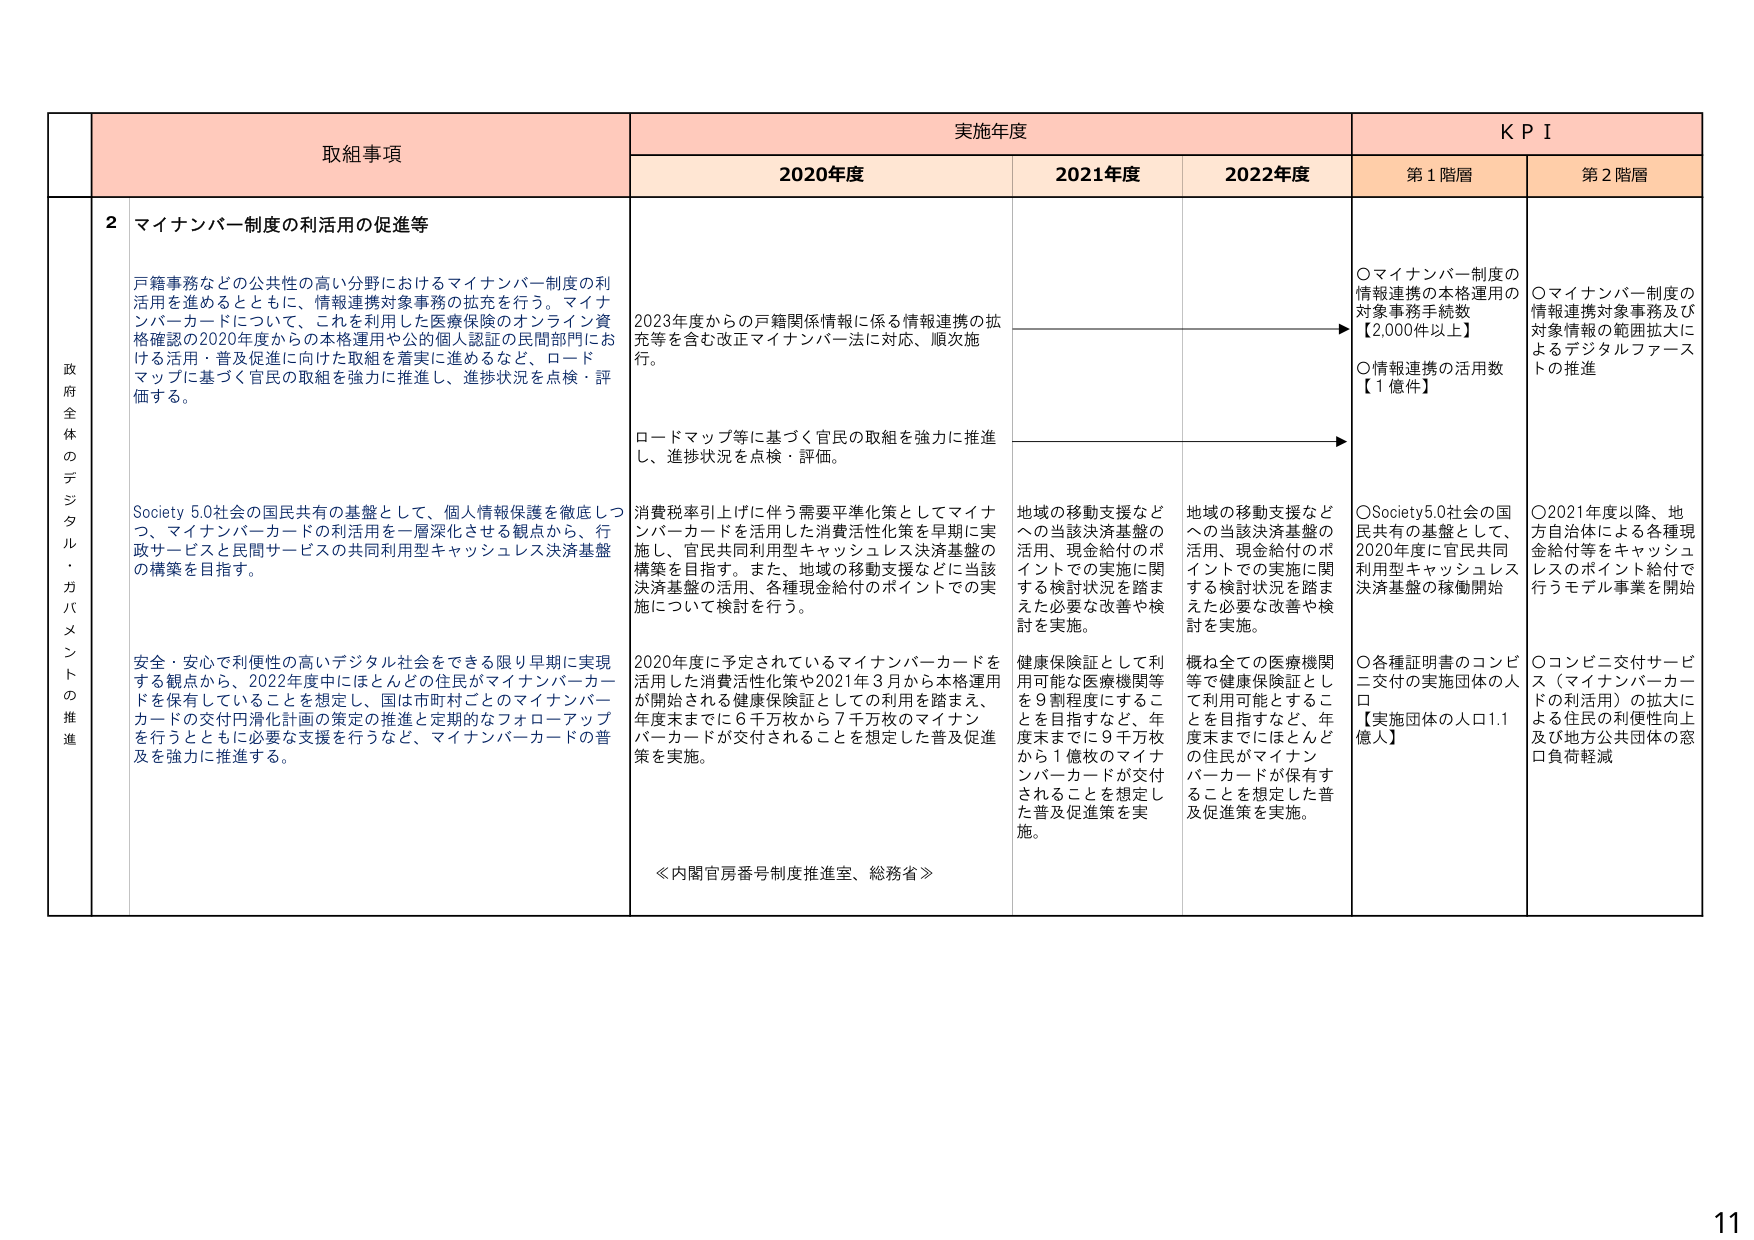
政府全体のデジタル・ガバメントの推進

取組事項

実施年度

KPI

2020年度

2021年度

2022年度

第1階層

第2階層

2 マイナンバー制度の利活用の促進等

戸籍事務などの公共性の高い分野におけるマイナンバー制度の利活用を進めるとともに、情報連携対象事務の拡充を行う。マイナンバーカードについて、これを利用した医療保険のオンライン資格確認の2020年度からの本格運用や公的個人認証の民間部門における活用・普及促進に向けた取組を着実に進めるなど、ロードマップに基づく官民の取組を強力に推進し、進捗状況を点検・評価する。

Society 5.0社会の国民共有の基盤として、個人情報保護を徹底しつつ、マイナンバーカードの利活用を一層深化させる観点から、行政サービスと民間サービスの共同利用型キャッシュレス決済基盤の構築を目指す。

安全・安心で利便性の高いデジタル社会をできる限り早期に実現する観点から、2022年度中にほとんどの住民がマイナンバーカードを保有していることを想定し、国は市町村ごとのマイナンバーカードの交付円滑化計画の策定の推進と定期的なフォローアップを行うとともに必要な支援を行うなど、マイナンバーカードの普及を強力に推進する。

2023年度からの戸籍関係情報に係る情報連携の拡充等を含む改正マイナンバー法に対応、順次施行。

ロードマップ等に基づく官民の取組を強力に推進し、進捗状況を点検・評価。

消費税率引上げに伴う需要平準化策としてマイナンバーカードを活用した消費活性化策を早期に実施し、官民共同利用型キャッシュレス決済基盤の構築を目指す。また、地域の移動支援などに当該決済基盤の活用、各種現金給付のポイントでの実施について検討を行う。

2020年度に予定されているマイナンバーカードを活用した消費活性化策や2021年3月から本格運用が開始される健康保険証としての利用を踏まえ、年度末までに6千万枚から7千万枚のマイナンバーカードが交付されることを想定した普及促進策を実施。

≪内閣官房番号制度推進室、総務省≫

地域の移動支援などへの当該決済基盤の活用、現金給付のポイントでの実施に関する検討状況を踏まえた必要な改善や検討を実施。

健康保険証として利用可能な医療機関等を9割程度にすることを目指すなど、年度末までに9千万枚から1億枚のマイナンバーカードが交付されることを想定した普及促進策を実施。

地域の移動支援などへの当該決済基盤の活用、現金給付のポイントでの実施に関する検討状況を踏まえた必要な改善や検討を実施。

概ね全ての医療機関等で健康保険証として利用可能とすることを目指すなど、年度末までにはほとんどの住民がマイナンバーカードが保有することを想定した普及促進策を実施。

〇マイナンバー制度の情報連携の本格運用の対象事務手続数【2,000件以上】
〇情報連携の活用数【1億件】

〇マイナンバー制度の情報連携対象事務及び対象情報の範囲拡大によるデジタルファーストの推進

〇Society5.0社会の国民共有の基盤として、2020年度に官民共同利用型キャッシュレス決済基盤の稼働開始

〇2021年度以降、地方自治体による各種現金給付等をキャッシュレスのポイント給付で行うモデル事業を開始

〇各種証明書のコンビニ交付の実施団体の人口【実施団体の人口1.1億人】

〇コンビニ交付サービス（マイナンバーカードの利用）の拡大による住民の利便性向上及び地方公共団体の窓口負荷軽減

11